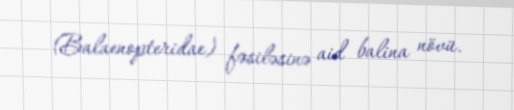
(Balaenopteridae) fəsiləsinə aid balina növü.